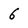
Character: 6